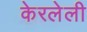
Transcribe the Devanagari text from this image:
केरलेली